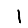
Digit: 1